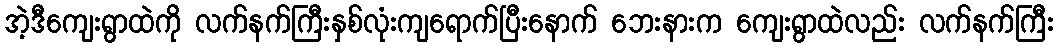
အဲ့ဒီကျေးရွာထဲကို လက်နက်ကြီးနှစ်လုံးကျရောက်ပြီးနောက် ဘေးနားက ကျေးရွာထဲလည်း လက်နက်ကြီး